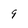
Character: 9